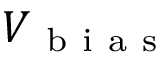
V _ { \mathrm { ~ b ~ i ~ a ~ s ~ } }